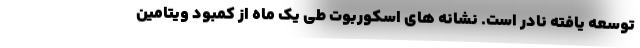
توسعه یافته نادر است. نشانه های اسکوربوت طی یک ماه از کمبود ویتامین